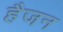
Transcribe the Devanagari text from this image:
हैजन